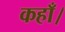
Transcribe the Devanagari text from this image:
कहाँ।